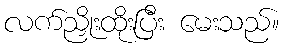
လက်ညှိုးထိုးပြီး မေးသည်။